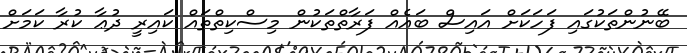
ބޭނުންތަކުގައި ފަހަކަށް އައިސް ބައެއް ފަރާތްތަކުން މިސްކިތްތައް ކައިރީ ދުޢާ ކުރާ ކަމަށް